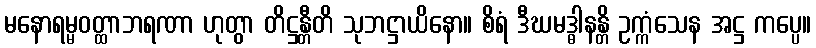
မနောရမ္မဝတ္ထာဘရဏာ ဟုတွာ တိဋ္ဌန္တီတိ သုဘဋ္ဌာယိနော။ စိရံ ဒီဃမဒ္ဓါနန္တိ ဥက္ကံသေန အဋ္ဌ ကပ္ပေ။